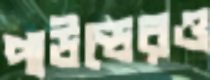
পাউন্ডেরও